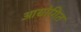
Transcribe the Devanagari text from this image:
आद्योगित